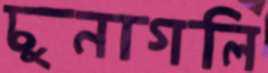
চুনাগলি